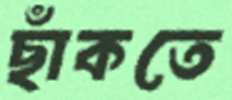
ছাঁকতে